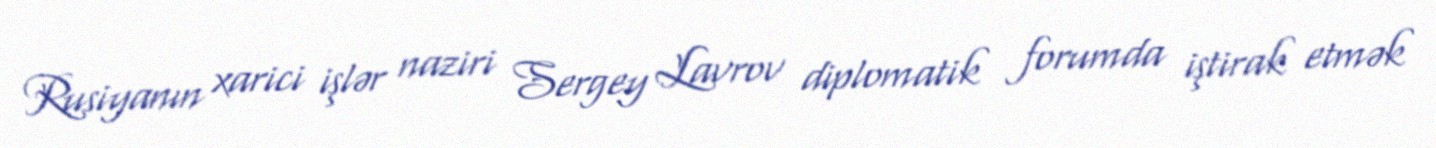
Rusiyanın xarici işlər naziri Sergey Lavrov diplomatik forumda iştirak etmək